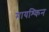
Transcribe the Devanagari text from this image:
मायश्किन